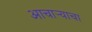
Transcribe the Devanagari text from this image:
आचार्‍याचा